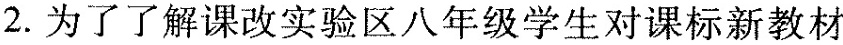
2. 为了了解课改实验区八年级学生对课标新教材